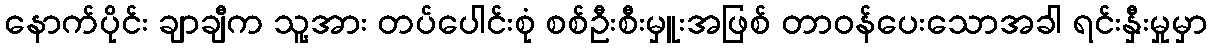
နောက်ပိုင်း ချာချီက သူ့အား တပ်ပေါင်းစုံ စစ်ဦးစီးမှူးအဖြစ် တာဝန်ပေးသောအခါ ရင်းနှီးမှုမှာ